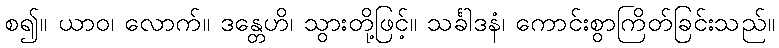
စ၍။ ယာဝ၊ လောက်။ ဒန္တေဟိ၊ သွားတို့ဖြင့်။ သင်္ခါဒနံ၊ ကောင်းစွာကြိတ်ခြင်းသည်။